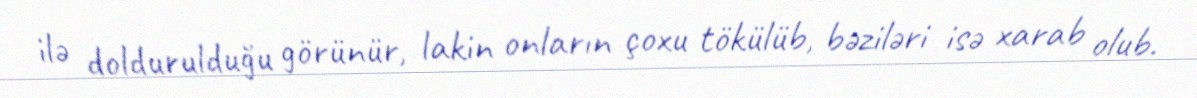
ilə doldurulduğu görünür, lakin onların çoxu tökülüb, bəziləri isə xarab olub.